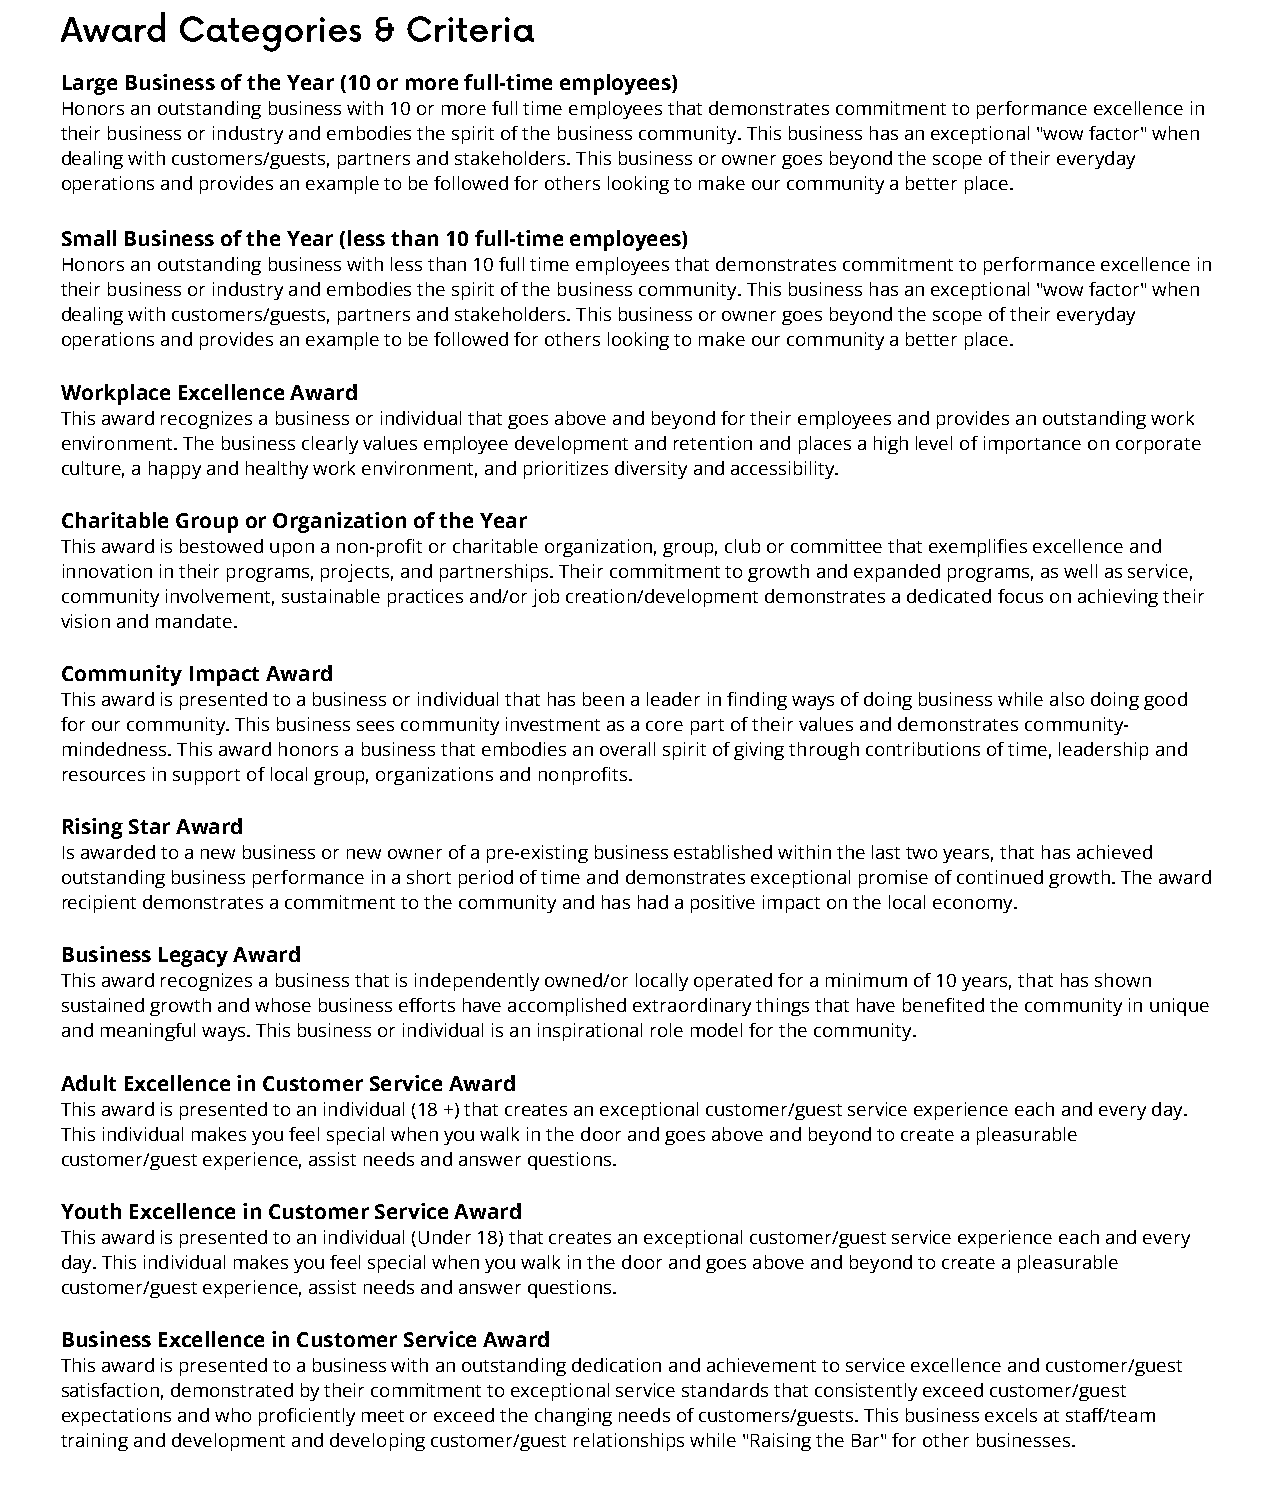
Award   Categories   & Criteria
 Large Business of the Year (10 or more full-time employees)
 Honors an outstanding business with 10 or more full time employees that demonstrates commitment to performance excellence in
 their business or industry and embodies the spirit of the business community. This business has an exceptional "wow factor" when
 dealing with customers/guests, partners and stakeholders. This business or owner goes beyond the scope of their everyday
 operations and provides an example to be followed for others looking to make our community a better place.
 Small Business of the Year (less than 10 full-time employees)
 Honors an outstanding business with less than 10 full time employees that demonstrates commitment to performance excellence in
 their business or industry and embodies the spirit of the business community. This business has an exceptional "wow factor" when
 dealing with customers/guests, partners and stakeholders. This business or owner goes beyond the scope of their everyday
 operations and provides an example to be followed for others looking to make our community a better place.
 Workplace Excellence Award
 This award recognizes a business or individual that goes above and beyond for their employees and provides an outstanding work
 environment. The business clearly values employee development and retention and places a high level of importance on corporate
 culture, a happy and healthy work environment, and prioritizes diversity and accessibility.
 Charitable Group or Organization of the Year
 This award is bestowed upon a non-profit or charitable organization, group, club or committee that exemplifies excellence and
 innovation in their programs, projects, and partnerships. Their commitment to growth and expanded programs, as well as service,
 community involvement, sustainable practices and/or job creation/development demonstrates a dedicated focus on achieving their
 vision and mandate.
 Community Impact Award
 This award is presented to a business or individual that has been a leader in finding ways of doing business while also doing good
 for our community. This business sees community investment as a core part of their values and demonstrates community-
 mindedness. This award honors a business that embodies an overall spirit of giving through contributions of time, leadership and
 resources in support of local group, organizations and nonprofits.
 Rising Star Award
 Is awarded to a new business or new owner of a pre-existing business established within the last two years, that has achieved
 outstanding business performance in a short period of time and demonstrates exceptional promise of continued growth. The award
 recipient demonstrates a commitment to the community and has had a positive impact on the local economy.
 Business Legacy Award
 This award recognizes a business that is independently owned/or locally operated for a minimum of 10 years, that has shown
 sustained growth and whose business efforts have accomplished extraordinary things that have benefited the community in unique
 and meaningful ways. This business or individual is an inspirational role model for the community.
 Adult Excellence in Customer Service Award
 This award is presented to an individual (18 +) that creates an exceptional customer/guest service experience each and every day.
 This individual makes you feel special when you walk in the door and goes above and beyond to create a pleasurable
 customer/guest experience, assist needs and answer questions.
 Youth Excellence in Customer Service Award
 This award is presented to an individual (Under 18) that creates an exceptional customer/guest service experience each and every
 day. This individual makes you feel special when you walk in the door and goes above and beyond to create a pleasurable
 customer/guest experience, assist needs and answer questions.
 Business Excellence in Customer Service Award
 This award is presented to a business with an outstanding dedication and achievement to service excellence and customer/guest
 satisfaction, demonstrated by their commitment to exceptional service standards that consistently exceed customer/guest
 expectations and who proficiently meet or exceed the changing needs of customers/guests. This business excels at staff/team
 training and development and developing customer/guest relationships while "Raising the Bar" for other businesses.